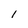
Character: l